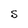
Character: S